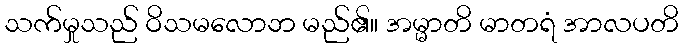
သက်မှုသည် ဝိသမလောဘ မည်၏။ အမ္မာတိ မာတရံ အာလပတိ